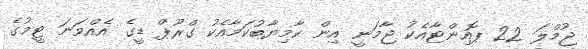
ޖުމްލަ 22 ޕޮއިންޓާއެކު ޖާމަނީ އިން ކާމިޔާބުކަމާއެކު ގްރޫޕް ޑީގެ އެއްވަނަ ޓީމުގެ